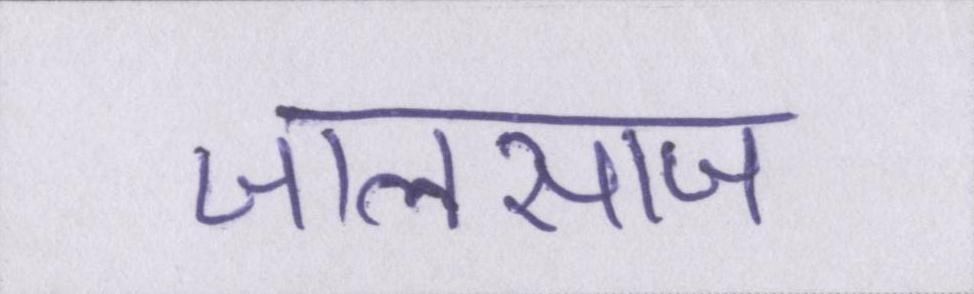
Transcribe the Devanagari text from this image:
जालसाज